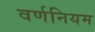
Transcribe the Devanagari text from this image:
वर्णनियम